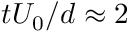
t U _ { 0 } / d \approx 2